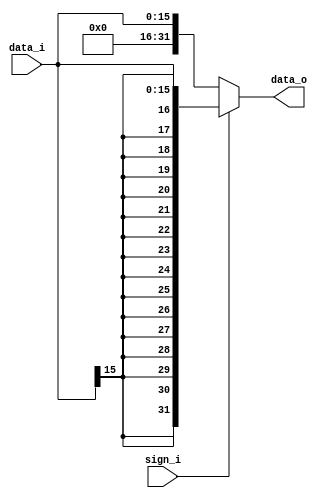
//Subject:     CO project 2 - Sign extend
//--------------------------------------------------------------------------------
//Version:     1
//--------------------------------------------------------------------------------
//Writer:
//----------------------------------------------
//Date:
//----------------------------------------------
//Description:
//--------------------------------------------------------------------------------

module Sign_Extend(
    data_i,
    sign_i,
    data_o
    );

//I/O ports
input   [16-1:0] data_i;
input            sign_i;
output  [32-1:0] data_o;

//Internal Signals
reg     [32-1:0] data_o;

//Sign extended
always@(*) begin
    // in ori, the immediate part needs zero extension
    data_o <= sign_i ? {{16{data_i[15]}}, data_i} :
                       {{16{1'b0}},       data_i};
end

endmodule